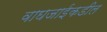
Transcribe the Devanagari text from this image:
वाघजाईकडील